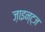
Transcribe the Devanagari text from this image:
ज़ाइन्ट्ज